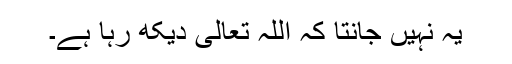
یہ نہیں جانتا کہ اللہ تعالیٰ دیکھ رہا ہے۔